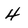
Character: 4